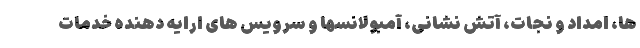
ها، امداد و نجات، آتش نشانی، آمبولانسها و سرویس های ارایه دهنده خدمات